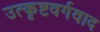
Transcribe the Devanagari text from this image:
उत्कृष्टवर्गवाद